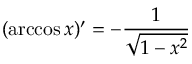
( \operatorname { a r c c o s } x ) ^ { \prime } = - { \frac { 1 } { \sqrt { 1 - x ^ { 2 } } } }